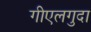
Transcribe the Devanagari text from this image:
गीएलगुदा